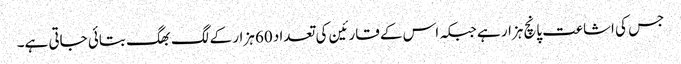
جس کی اشاعت پانچ ہزار ہے جبکہ اس کے قارئین کی تعداد 60 ہزار کے لگ بھگ بتائی جاتی ہے۔